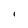
Character: I